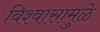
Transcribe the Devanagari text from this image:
विश्वासामुळे